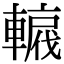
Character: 𨎡